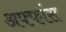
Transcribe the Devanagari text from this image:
अफ्फांस